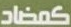
كمضاد